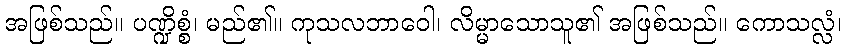
အဖြစ်သည်။ ပဏ္ဍိစ္စံ၊ မည်၏။ ကုသလဘာဝေါ၊ လိမ္မာသောသူ၏ အဖြစ်သည်။ ကောသလ္လံ၊